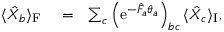
\begin{array} { r l r } { \langle \hat { X } _ { b } \rangle _ { \mathrm { F } } } & { { } = } & { \sum _ { c } \left( \mathrm { e } ^ { - \hat { F } _ { a } \theta _ { a } } \right) _ { b c } \langle \hat { X } _ { c } \rangle _ { \mathrm { I } } , } \end{array}